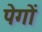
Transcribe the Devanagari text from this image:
पेगों